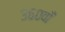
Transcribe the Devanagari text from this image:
३६०वाँ